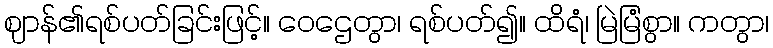
ဈာန်၏ရစ်ပတ်ခြင်းဖြင့်။ ဝေဌေတွာ၊ ရစ်ပတ်၍။ ထိရံ၊ မြဲမြံစွာ။ ကတွာ၊